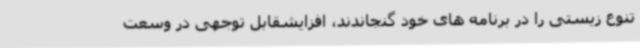
تنوع زیستی را در برنامه های خود گنجاندند، افزایشقابل توجهی در وسعت